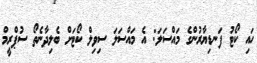
ހައި ކޯޓު ފަނޑިޔާރުންގެ މައްސަލަ: އެ މައްސަލަ ސިވިލް ކޯޓަށް ބެލިދާނެތޯ ސުޕްރީމް